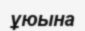
ұюына